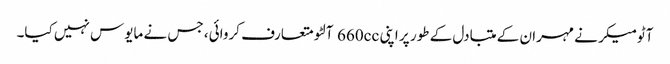
آٹومیکر نے مہران کے متبادل کے طور پر اپنی 660cc آلٹو متعارف کروائی، جس نے مایوس نہیں کیا۔